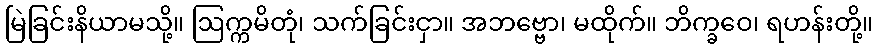
မြဲခြင်းနိယာမသို့။ ဩက္ကမိတုံ၊ သက်ခြင်းငှာ။ အဘဗ္ဗော၊ မထိုက်။ ဘိက္ခဝေ၊ ရဟန်းတို့။